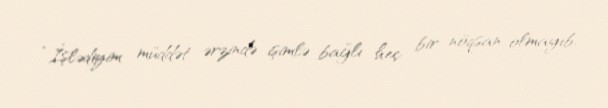
“İşlədiyim müddət ərzində işimlə bağlı heç bir nöqsan olmayıb.